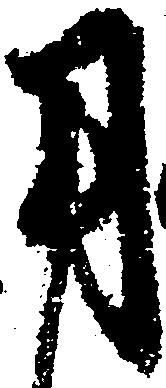
用